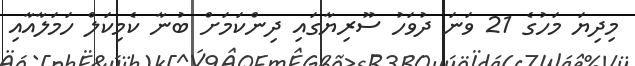
މިދިޔަ މަހުގެ 21 ވަނަ ދުވަހު ސޫރިޔާގައި ދިންކަމަށް ބުނާ ކެމިކަލް ހަމަލާއާއި